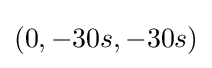
(0,-30s,-30s)